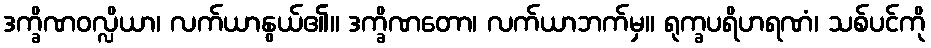
ဒက္ခိဏဝလ္လိယာ၊ လက်ယာနွယ်၏။ ဒက္ခိဏတော၊ လက်ယာဘက်မှ။ ရုက္ခပရိဟရဏံ၊ သစ်ပင်ကို